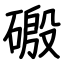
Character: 磤